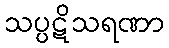
သပ္ပဋိသရဏာ